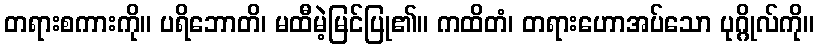
တရားစကားကို။ ပရိဘောတိ၊ မထီမဲ့မြင်ပြု၏။ ကထိတံ၊ တရားဟောအပ်သော ပုဂ္ဂိုလ်ကို။